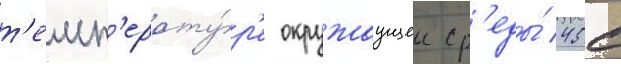
т'емп'ерату́р'е окружаущеи ср'еды́ 45с